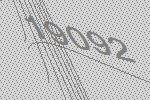
19092